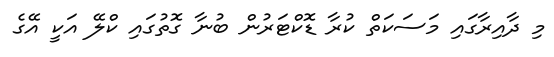
މި ދާއިރާގައި މަސަކަތް ކުރާ ޑޮކްޓަރުން ބުނާ ގޮތުގައި ކްލޭ އަކީ އޭގެ